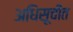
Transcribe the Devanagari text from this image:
अधिसूचीत